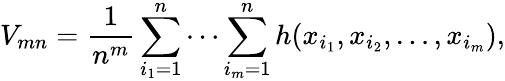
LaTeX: V_{mn}={\frac{1}{n^{m}}}\sum_{i_{1}=1}^{n}\cdots\sum_{i_{m}=1}^{n}h(x_{i_{1}},x_{i_{2}},\dots,x_{i_{m}}),